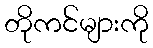
တိုကင်များကို